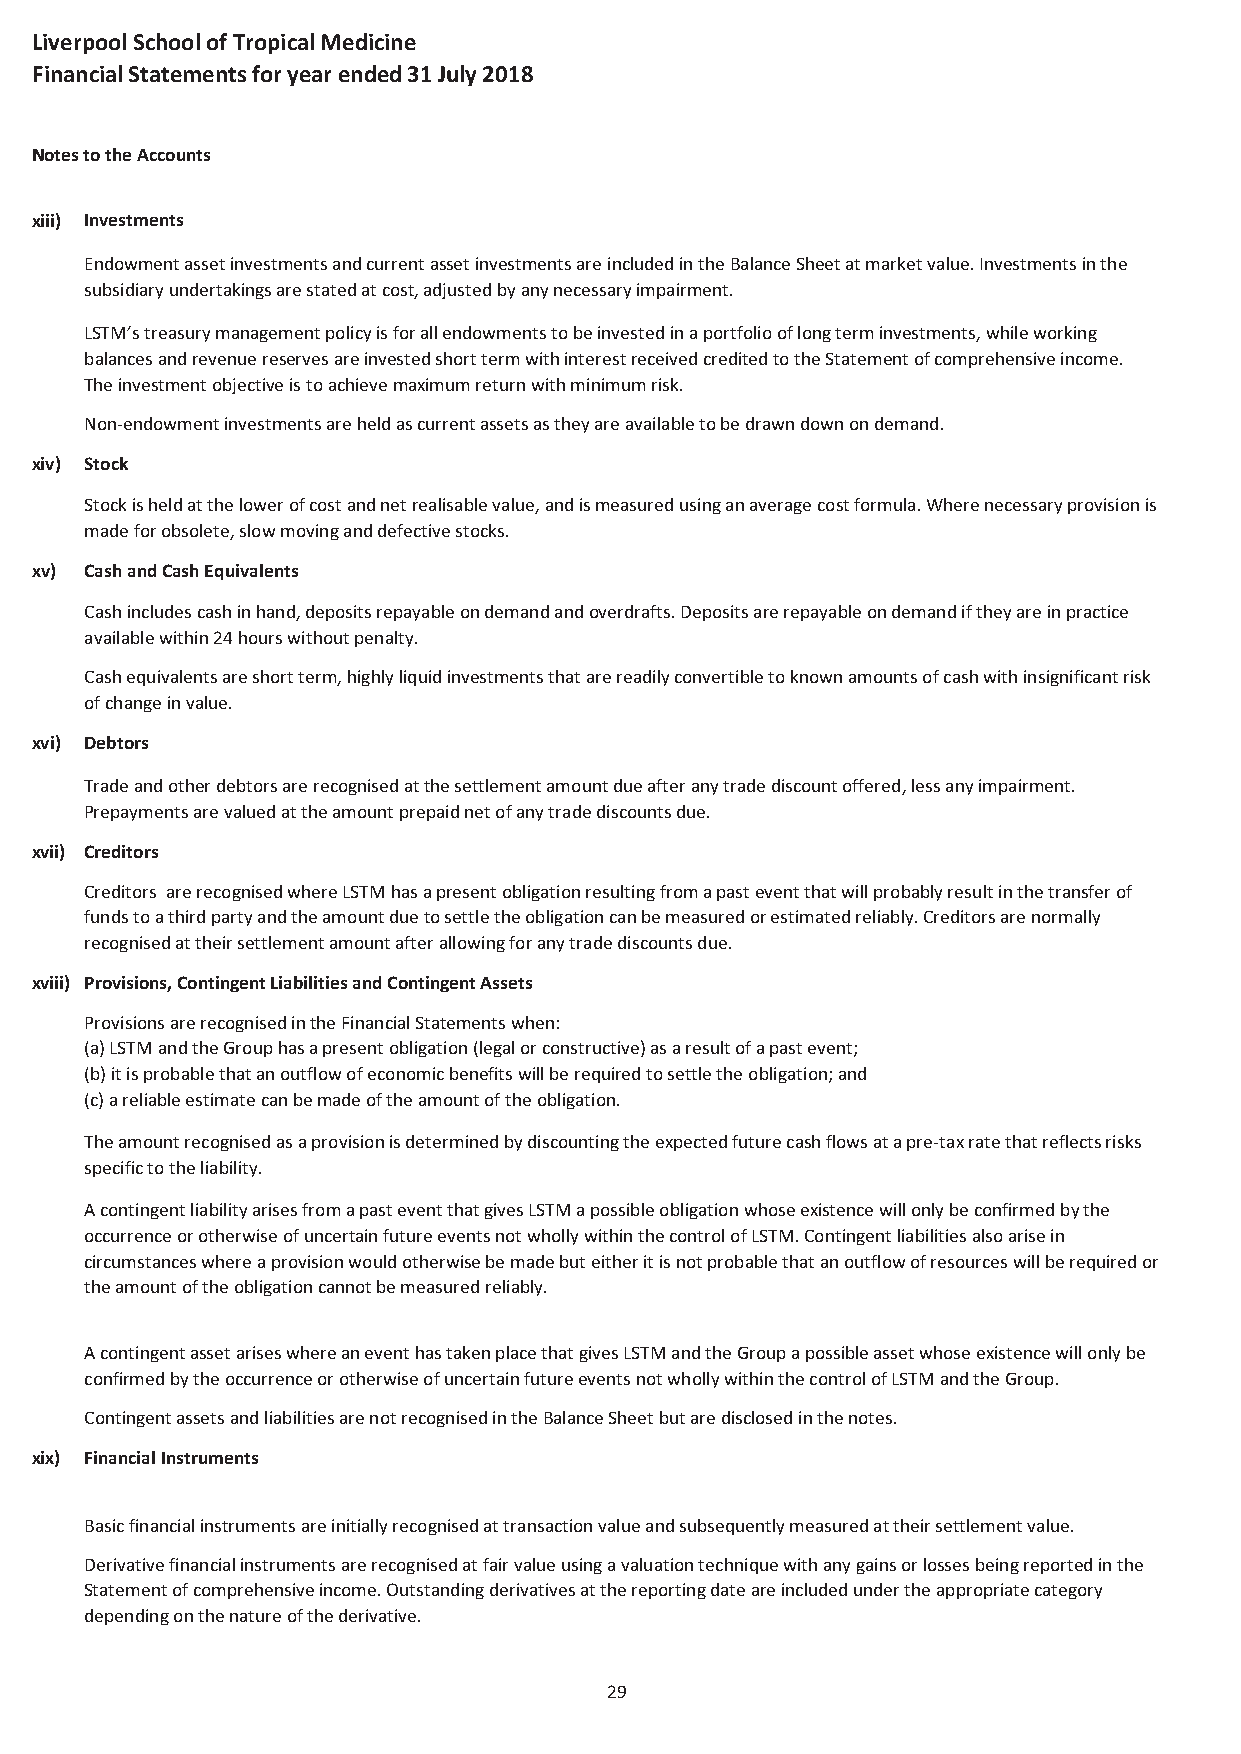
Liverpool School of Tropical Medicine
 Financial Statements for year ended 31 July 2018
 Notes to the Accounts
 xiii) Investments
 Endowment asset investments and current asset investments are included in the Balance Sheet at market value. Investments in the
 subsidiary undertakings are stated at cost, adjusted by any necessary impairment.
 LSTM’s treasury management policy is for all endowments to be invested in a portfolio of long term investments, while working
 balances and revenue reserves are invested short term with interest received credited to the Statement of comprehensive income.
 The investment objective is to achieve maximum return with minimum risk.
 Non-endowment investments are held as current assets as they are available to be drawn down on demand.
 xiv) Stock
 Stock is held at the lower of cost and net realisable value, and is measured using an average cost formula. Where necessary provision is
 made for obsolete, slow moving and defective stocks.
 xv) Cash and Cash Equivalents
 Cash includes cash in hand, deposits repayable on demand and overdrafts. Deposits are repayable on demand if they are in practice
 available within 24 hours without penalty.
 Cash equivalents are short term, highly liquid investments that are readily convertible to known amounts of cash with insignificant risk
 of change in value.
 xvi) Debtors
 Trade and other debtors are recognised at the settlement amount due after any trade discount offered, less any impairment.
 Prepayments are valued at the amount prepaid net of any trade discounts due.
 xvii) Creditors
 Creditors are recognised where LSTM has a present obligation resulting from a past event that will probably result in the transfer of
 funds to a third party and the amount due to settle the obligation can be measured or estimated reliably. Creditors are normally
 recognised at their settlement amount after allowing for any trade discounts due.
 xviii) Provisions, Contingent Liabilities and Contingent Assets
 Provisions are recognised in the Financial Statements when:
 (a) LSTM and the Group has a present obligation (legal or constructive) as a result of a past event;
 (b) it is probable that an outflow of economic benefits will be required to settle the obligation; and
 (c) a reliable estimate can be made of the amount of the obligation.
 The amount recognised as a provision is determined by discounting the expected future cash flows at a pre-tax rate that reflects risks
 specific to the liability.
 A contingent liability arises from a past event that gives LSTM a possible obligation whose existence will only be confirmed by the
 occurrence or otherwise of uncertain future events not wholly within the control of LSTM. Contingent liabilities also arise in
 circumstances where a provision would otherwise be made but either it is not probable that an outflow of resources will be required or
 the amount of the obligation cannot be measured reliably.
 A contingent asset arises where an event has taken place that gives LSTM and the Group a possible asset whose existence will only be
 confirmed by the occurrence or otherwise of uncertain future events not wholly within the control of LSTM and the Group.
 Contingent assets and liabilities are not recognised in the Balance Sheet but are disclosed in the notes.
 xix) Financial Instruments
 Basic financial instruments are initially recognised at transaction value and subsequently measured at their settlement value.
 Derivative financial instruments are recognised at fair value using a valuation technique with any gains or losses being reported in the
 Statement of comprehensive income. Outstanding derivatives at the reporting date are included under the appropriate category
 depending on the nature of the derivative.
 29